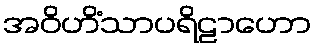
အဝိဟိံသာပရိဠာဟော